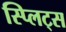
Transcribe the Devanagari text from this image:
स्प्लिट्स